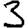
Digit: 3